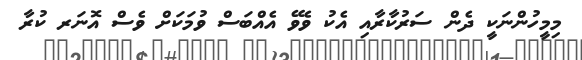
މިމީހުންނަކީ ދެން ސަރުކާރާއި އެކު ވެވޭ އެއްބަސް ވުމަކަށް ވެސް އޮނަރ ކުރާ